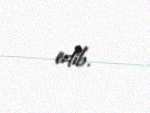
edib.